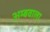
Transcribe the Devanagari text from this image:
अम्बवाला